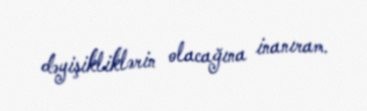
dəyişikliklərin olacağına inanıram.